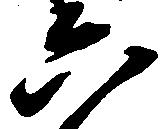
六